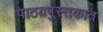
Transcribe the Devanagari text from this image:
पाठय़पुस्तकात